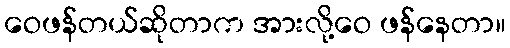
ဝေဖန်တယ်ဆိုတာက အားလို့ဝေ ဖန်နေတာ။